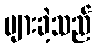
များခဲ့သည်